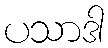
ပသာဒါ